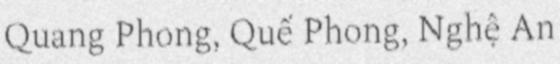
Quang Phong, Quế Phong, Nghệ An